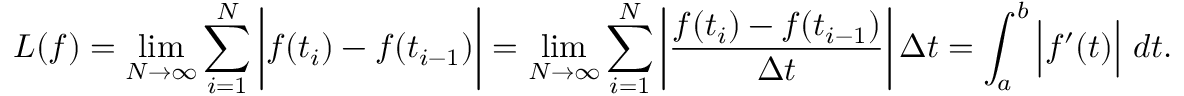
L ( f ) = \operatorname* { l i m } _ { N \to \infty } \sum _ { i = 1 } ^ { N } { \bigg | } f ( t _ { i } ) - f ( t _ { i - 1 } ) { \bigg | } = \operatorname* { l i m } _ { N \to \infty } \sum _ { i = 1 } ^ { N } \left| { \frac { f ( t _ { i } ) - f ( t _ { i - 1 } ) } { \Delta t } } \right| \Delta t = \int _ { a } ^ { b } { \Big | } f ^ { \prime } ( t ) { \Big | } \ d t .